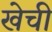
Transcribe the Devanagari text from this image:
खेची